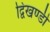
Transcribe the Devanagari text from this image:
द्विखण्डी